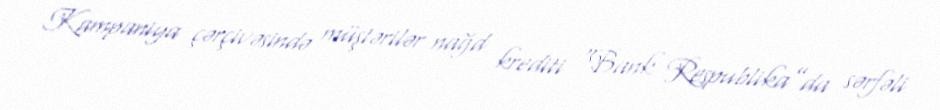
Kampaniya çərçivəsində müştərilər nağd krediti “Bank Respublika”da sərfəli